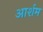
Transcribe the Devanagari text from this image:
आर्शम